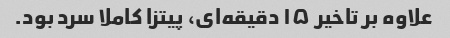
علاوه بر تاخیر ۱۵ دقیقه‌ای، پیتزا کاملا سرد بود.